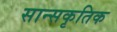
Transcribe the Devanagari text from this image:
सान्सकृतिक